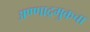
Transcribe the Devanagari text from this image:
अण्णाद्रमुकचा